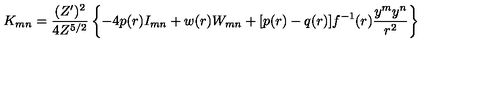
K _ { m n } = \frac { ( Z ^ { \prime } ) ^ { 2 } } { 4 Z ^ { 5 / 2 } } \left\{ - 4 p ( r ) I _ { m n } + w ( r ) W _ { m n } + [ p ( r ) - q ( r ) ] f ^ { - 1 } ( r ) \frac { y ^ { m } y ^ { n } } { r ^ { 2 } } \right\}